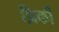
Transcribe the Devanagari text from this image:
झिर्की